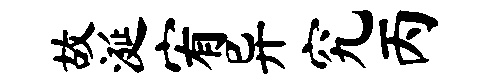
故涎宥异究丙